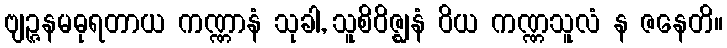
ဗျဉ္ဇနမဓုရတာယ ကဏ္ဏာနံ သုခါ, သူစိဝိဇ္ဈနံ ဝိယ ကဏ္ဏသူလံ န ဇနေတိ။